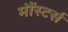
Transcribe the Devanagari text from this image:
मौंस्टर्स